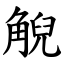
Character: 觬